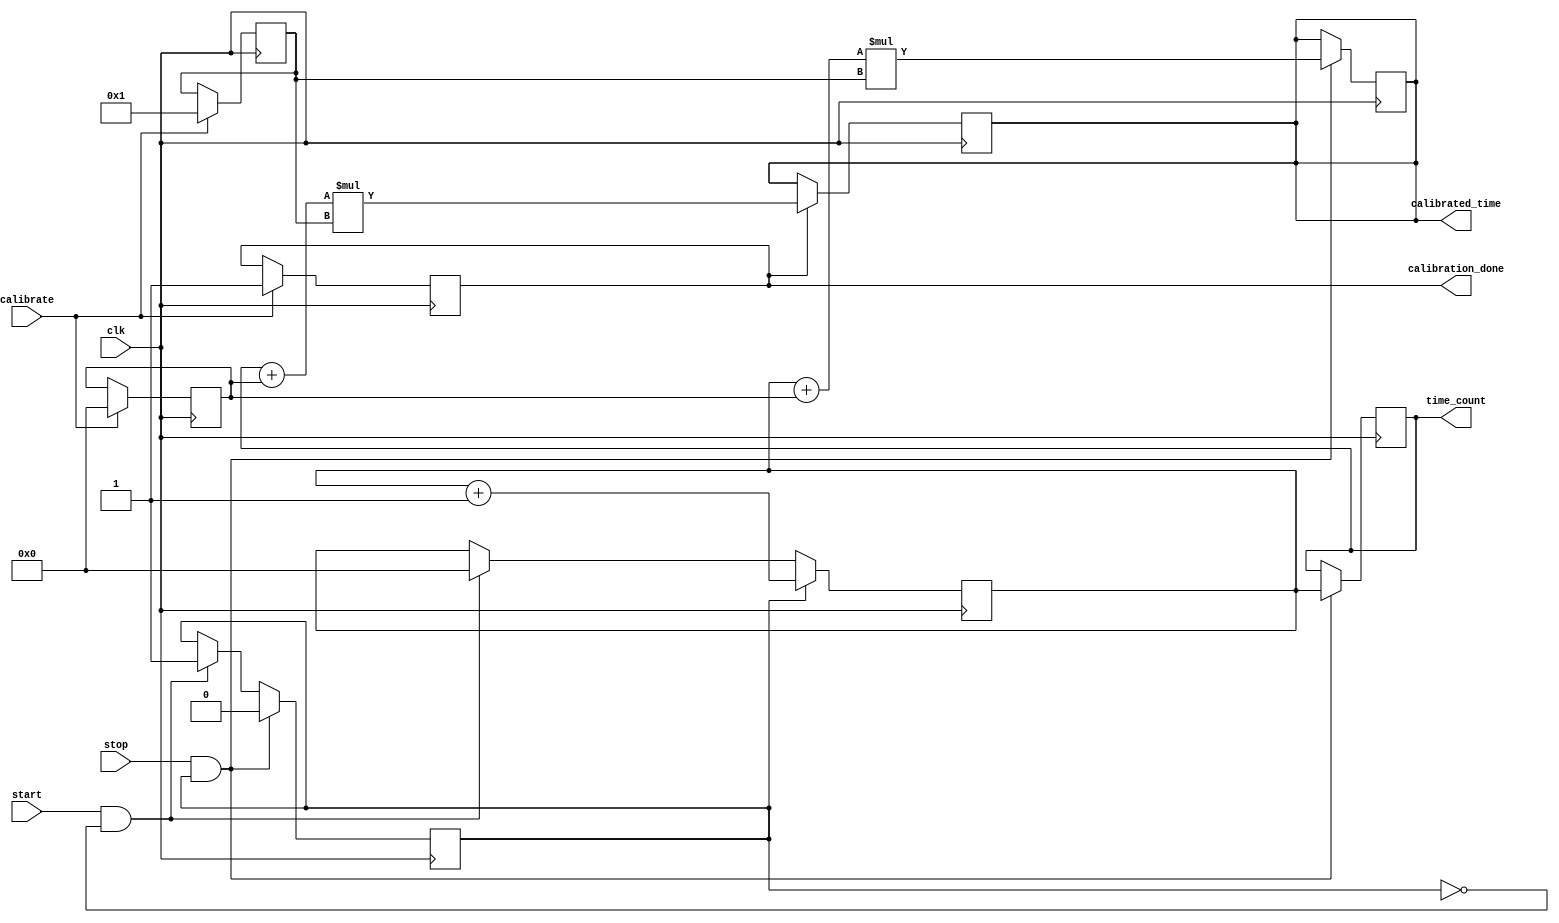
module TDC (
    input wire clk,              // High-resolution clock
    input wire start,            // Start signal
    input wire stop,             // Stop signal
    input wire calibrate,        // Calibration trigger
    output reg [31:0] time_count, // Measured time interval
    output reg calibrated_time,  // Final calibrated time output
    output reg calibration_done   // Calibration completion flag
);

    // Internal signals
    reg [31:0] counter;          // Time counter
    reg measuring;               // State of measurement
    reg [31:0] calibration_coef; // Calibration coefficients
    reg [31:0] offset;           // Timing offset
    reg [31:0] scale_factor;     // Scale factor for calibration
    reg calibrating;             // Calibration state

    // Initialization
    initial begin
        time_count = 0;
        calibrated_time = 0;
        calibration_done = 0;
        counter = 0;
        measuring = 0;
        calibrating = 0;
        calibration_coef = 32'h00000001; // Default calibration coefficient
        offset = 0;
        scale_factor = 1;
    end

    // Main measurement logic
    always @(posedge clk) begin
        if (start && !measuring) begin
            measuring <= 1;    // Start measurement
            counter <= 0;      // Reset counter
        end
        
        if (measuring) begin
            counter <= counter + 1; // Increment counter on each clock cycle
        end
        
        if (stop && measuring) begin
            measuring <= 0;    // Stop measurement
            time_count <= counter; // Latch the counter value
            calibrated_time <= (counter + offset) * scale_factor; // Apply calibration
        end
    end

    // Calibration logic
    always @(posedge clk) begin
        if (calibrate) begin
            calibrating <= 1; // Start calibration
            calibration_done <= 0; // Reset calibration done flag
            
            // Simulate calibration process (for example purposes)
            // In a real implementation, this could involve measuring known intervals
            offset <= 0; // Set known offset (to be updated)
            scale_factor <= calibration_coef; // Set scale factor
            
            // Assume calibration is complete after one clock cycle for simplicity
            calibration_done <= 1;
            calibrating <= 0;
        end
    end

    // Output formatting (if needed)
    always @(posedge clk) begin
        if (calibration_done) begin
            // Example of formatting output for different systems
            // This can be modified based on the output requirements
            calibrated_time <= (time_count + offset) * scale_factor;
        end
    end

endmodule